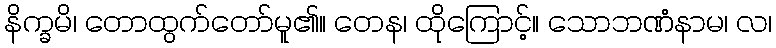
နိက္ခမိ၊ တောထွက်တော်မူ၏။ တေန၊ ထိုကြောင့်။ သောဘဏံနာမ၊ လ၊